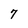
Character: 7